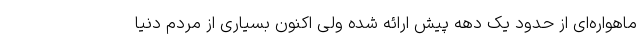
ماهواره‌ای از حدود یک دهه پیش ارائه شده ولی اکنون بسیاری از مردم دنیا